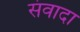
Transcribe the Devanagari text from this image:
संवादा